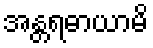
အန္တရဓာယာမိ